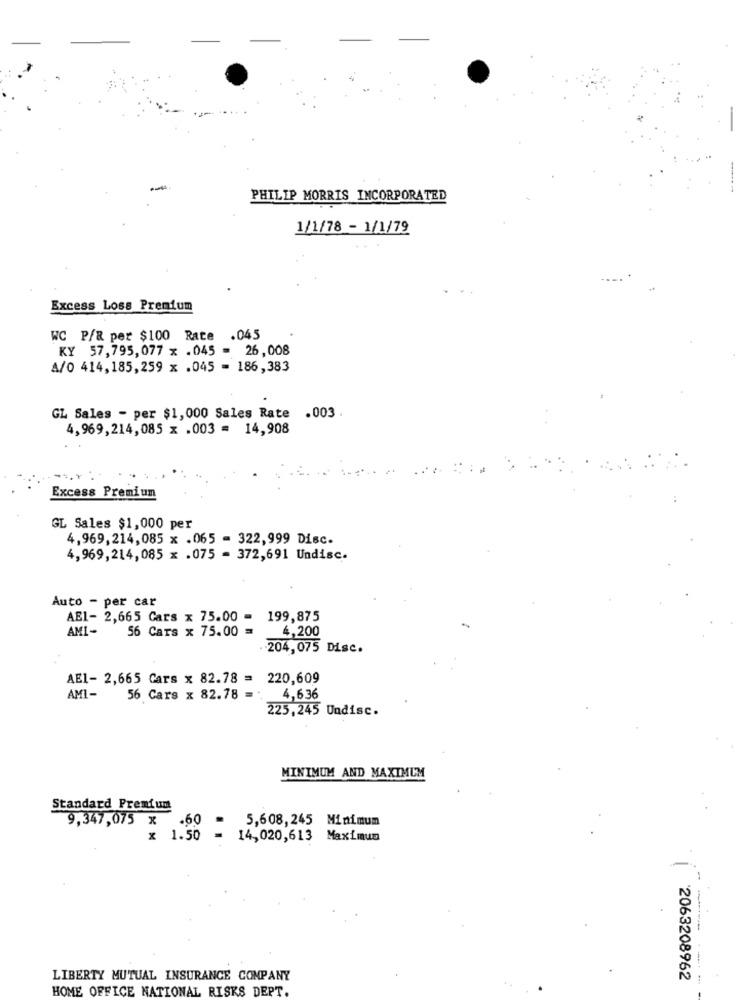
PHILIP MORRIS INCORPORATED
1/1/78 - 1/1/79
Excess Loss Premium
WC P/& per $100 Rate .045
KY 57,795,077 x .045 = 26,008
A/0 414,185,259 x .045 = 186,383
GL Sales - per $1,000 Sales Rate .003.
4,969,214,085 x .003 = 14,908
Excess Premium
GL Sales $1,000 per
4,969,214,085 x .065 - 322,999 Disc.
4,969,214,085 x .075 = 372,691 Undisc.
Auto - per car
AE1- 2,665 Cars x 75.00 = 199,875
AMI-
56 Cars x 75.00 =
4,200
.204, 075 Disc.
AE1- 2,665 Cars x 82.78 = 220,609
AMI-
56 Cars x 82.78 =
4,636
225,245 Undisc.
MINIMUM AND MAXIMUM
Standard Premium
9,347,075 x
.60
5,608,245 Minimum
x 1.50
14,020,613 Maximum
LIBERTY MUTUAL INSURANCE COMPANY
`2063208962
HOME OFFICE NATIONAL RISKS DEPT.